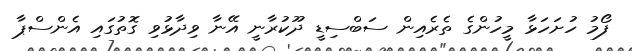
ފޯމު ހުށަހަޅާ މީހުންގެ ތެރެއިން ސަބްސިޑީ ދޫކުރާނީ އޭނާ ވިދާޅުވި ގޮތުގައި އެންސްޕާ